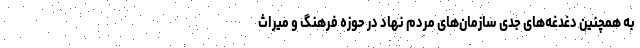
به همچنین دغدغه‌های جدیِ سازمان‌های مردم نهاد در حوزه فرهنگ و میراث